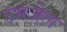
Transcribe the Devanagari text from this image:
उमजेल